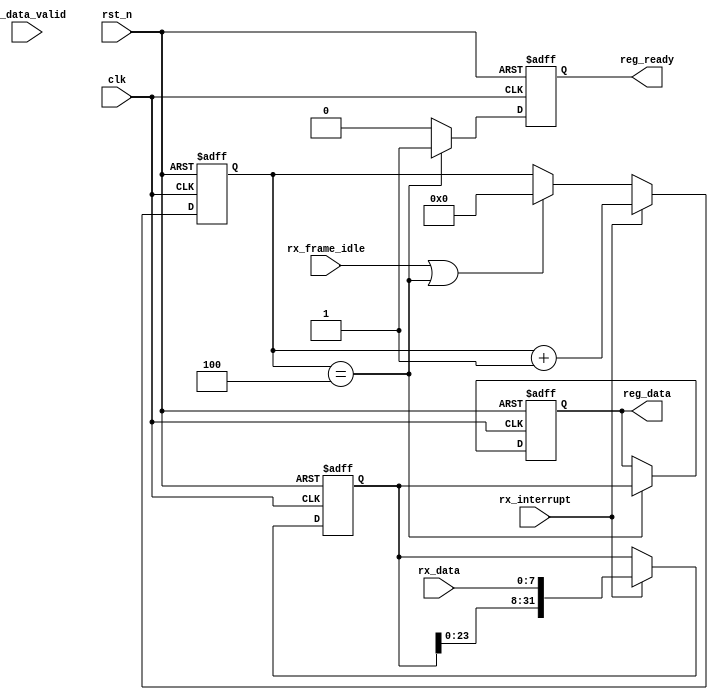
`timescale 1ns / 1ps
//////////////////////////////////////////////////////////////////////////////////
// Company: 
// Engineer: 
// 
// Design Name: 
// Module Name: uart_reg
// Project Name: 
// Target Devices: 
// Tool Versions: 
// Description: 
// 
// Dependencies: 
// 
// Revision:
// Revision 0.01 - File Created
// Additional Comments:
// 
//////////////////////////////////////////////////////////////////////////////////


module uart_reg #(
    parameter     REG_SIZE       = 32
)(
    input                   clk                 ,
    input                   rst_n               ,
    input  [7:0]            rx_data             ,
    input                   rx_data_valid       ,
    input                   rx_frame_idle       ,
    input                   rx_interrupt        ,
    output  [REG_SIZE-1:0]  reg_data            ,
    output                  reg_ready           
);
reg [REG_SIZE-1:0]uart_reg_r;
/**************************************************************/
//
always@(posedge clk or negedge rst_n)
begin
    if(!rst_n)begin
      uart_reg_r<=255'd0;
    end
    else if(rx_interrupt)begin
      uart_reg_r<={uart_reg_r,rx_data};
    end
    else if(rx_frame_idle)begin
      uart_reg_r<=uart_reg_r;
    end
end
/**************************************************************/
//
reg [7:0]data_cnt;
always@(posedge clk or negedge rst_n)
begin
    if(!rst_n)begin
      data_cnt<=8'd0;
    end
    else if(rx_interrupt)begin
      data_cnt<=data_cnt+1'd1;
    end
    else if(rx_frame_idle||data_cnt==8'd4)begin
      data_cnt<=8'd0;
    end
end
/**************************************************************/
//
reg [REG_SIZE-1:0]reg_data_r;
reg reg_ready_r;
always@(posedge clk or negedge rst_n)
begin
    if(!rst_n)begin
      reg_data_r<=255'd0;
      reg_ready_r<=1'd0;
    end
    else if(data_cnt==8'd4)begin
      reg_data_r<=uart_reg_r;
      reg_ready_r<=1'd1;
    end
    else begin
        reg_ready_r<=1'd0;
    end
end
/**************************************************************/
assign reg_ready =reg_ready_r;
assign reg_data   =reg_data_r;

endmodule